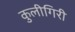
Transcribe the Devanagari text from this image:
कुलीगिरी